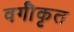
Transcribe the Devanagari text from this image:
वर्गॊकृत